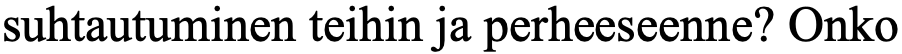
suhtautuminen teihin ja perheeseenne? Onko